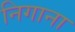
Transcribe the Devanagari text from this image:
निगाना